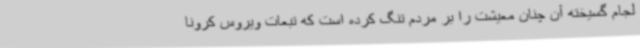
لجام گسیخته آن چنان معیشت را بر مردم تنگ کرده است که تبعات ویروس کرونا